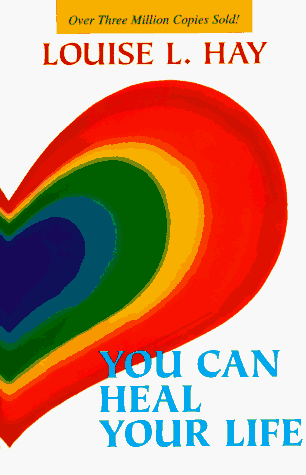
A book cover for You Can Heal Your Life; Louise L. Hay; Self-Help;